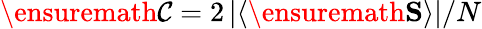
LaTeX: \ensuremath{\mathcal{C}}=2\left\lvert\left\langle\ensuremath{\mathbf{S}}\right\rangle\right\rvert/N